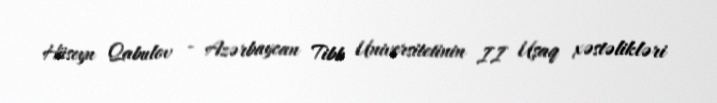
Hüseyn Qabulov - Azərbaycan Tibb Universitetinin II Uşaq xəstəlikləri